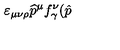
\varepsilon _ { \mu \nu \rho } \widehat { p } ^ { \mu } f _ { \gamma } ^ { \nu } ( \hat { p }